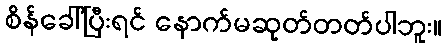
စိန်ခေါ်ပြီးရင် နောက်မဆုတ်တတ်ပါဘူး။